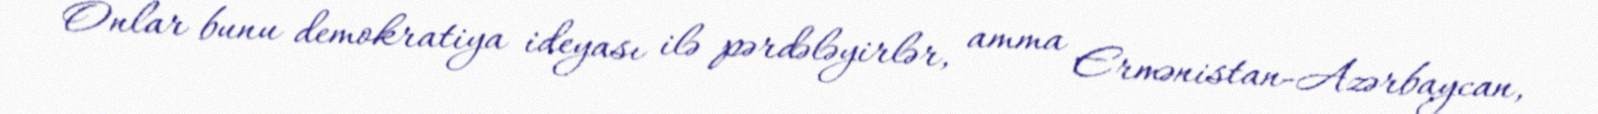
Onlar bunu demokratiya ideyası ilə pərdələyirlər, amma Ermənistan-Azərbaycan,